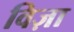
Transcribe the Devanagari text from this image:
विज़ा